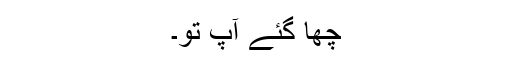
چھا گئے آپ تو۔